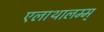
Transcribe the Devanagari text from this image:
एलाथालम्म्